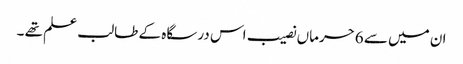
ان میں سے 6حرماں نصیب اس درسگاہ کے طالب علم تھے ۔